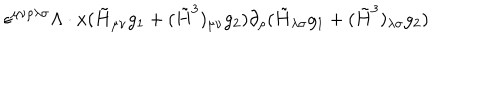
\epsilon ^ { \mu \nu \rho \lambda \sigma } \Lambda \cdot x ( \tilde { H } _ { \mu \nu } g _ { 1 } + ( \tilde { H } ^ { 3 } ) _ { \mu \nu } g _ { 2 } ) \partial _ { \rho } ( \tilde { H } _ { \lambda \sigma } g _ { 1 } + ( \tilde { H } ^ { 3 } ) _ { \lambda \sigma } g _ { 2 } )